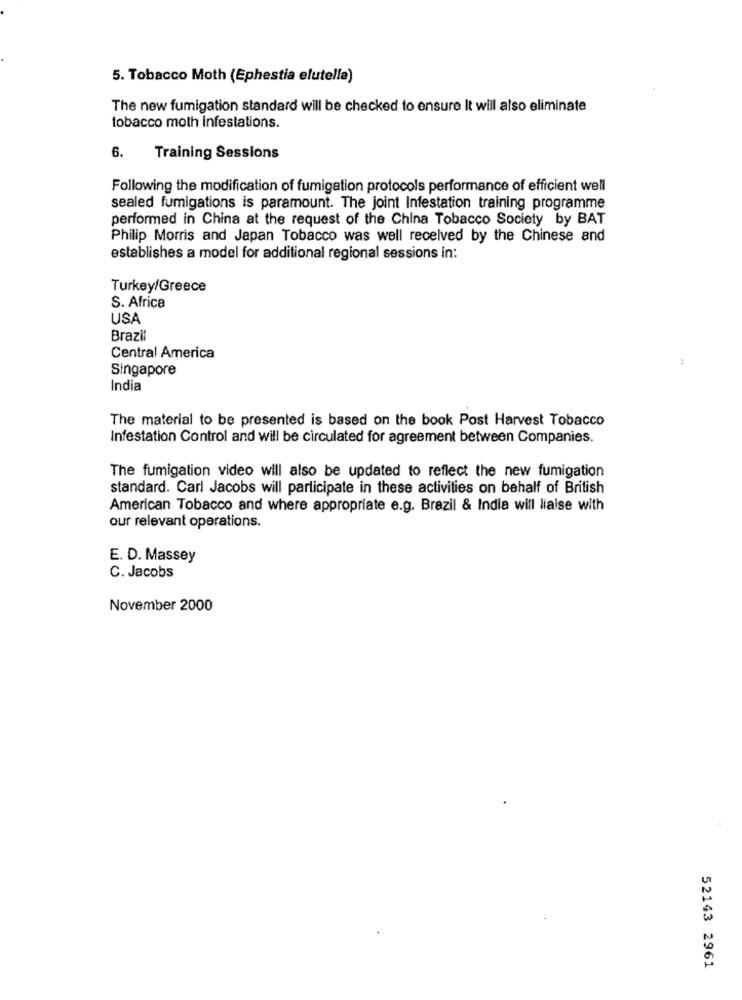
5. Tobacco Moth (Ephestia elutella)
The new fumigation standard will be checked to ensure It will also eliminate
tobacco moth infestations.
6.
Training Sessions
Following the modification of fumigation protocols performance of efficient well
sealed fumigations is paramount. The joint Infestation training programme
performed in China at the request of the China Tobacco Society by BAT
Philip Morris and Japan Tobacco was well received by the Chinese and
establishes a model for additional regional sessions in:
Turkey/Greece
S. Africa
USA
Brazi
Central America
:
Singapore
India
The material to be presented is based on the book Post Harvest Tobacco
Infestation Control and will be circulated for agreement between Companies.
The fumigation video will also be updated to reflect the new fumigation
standard. Carl Jacobs will participate in these activities on behalf of British
American Tobacco and where appropriate e.g. Brazil & India will liaise with
our relevant operations.
E. D. Massey
C. Jacobs
November 2000
52143 2961